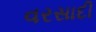
વરસાદી